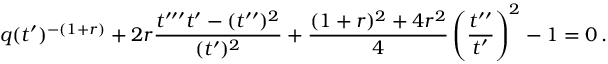
q ( t ^ { \prime } ) ^ { - ( 1 + r ) } + 2 r \frac { t ^ { \prime \prime \prime } t ^ { \prime } - ( t ^ { \prime \prime } ) ^ { 2 } } { ( t ^ { \prime } ) ^ { 2 } } + \frac { ( 1 + r ) ^ { 2 } + 4 r ^ { 2 } } { 4 } \left( \frac { t ^ { \prime \prime } } { t ^ { \prime } } \right) ^ { 2 } - 1 = 0 \, .